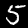
Label: 5